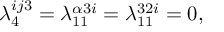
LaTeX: \lambda _ { 4 } ^ { i j 3 } = \lambda _ { 1 1 } ^ { \alpha 3 i } = \lambda _ { 1 1 } ^ { 3 2 i } = 0 ,